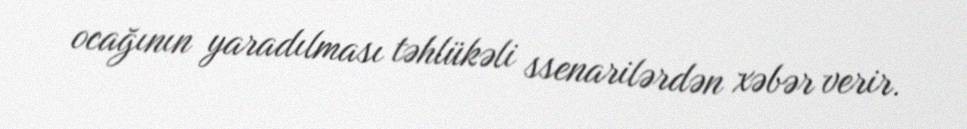
ocağının yaradılması təhlükəli ssenarilərdən xəbər verir.